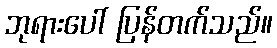
ဘုရားပေါ် ပြန်တက်သည်။